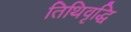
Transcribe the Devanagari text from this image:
तिथिवृद्धि